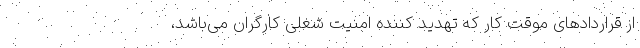
از قراردادهای موقت کار که تهدید کننده امنیت شغلی کارگران می‌باشد،